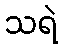
သရဲ